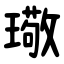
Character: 璥